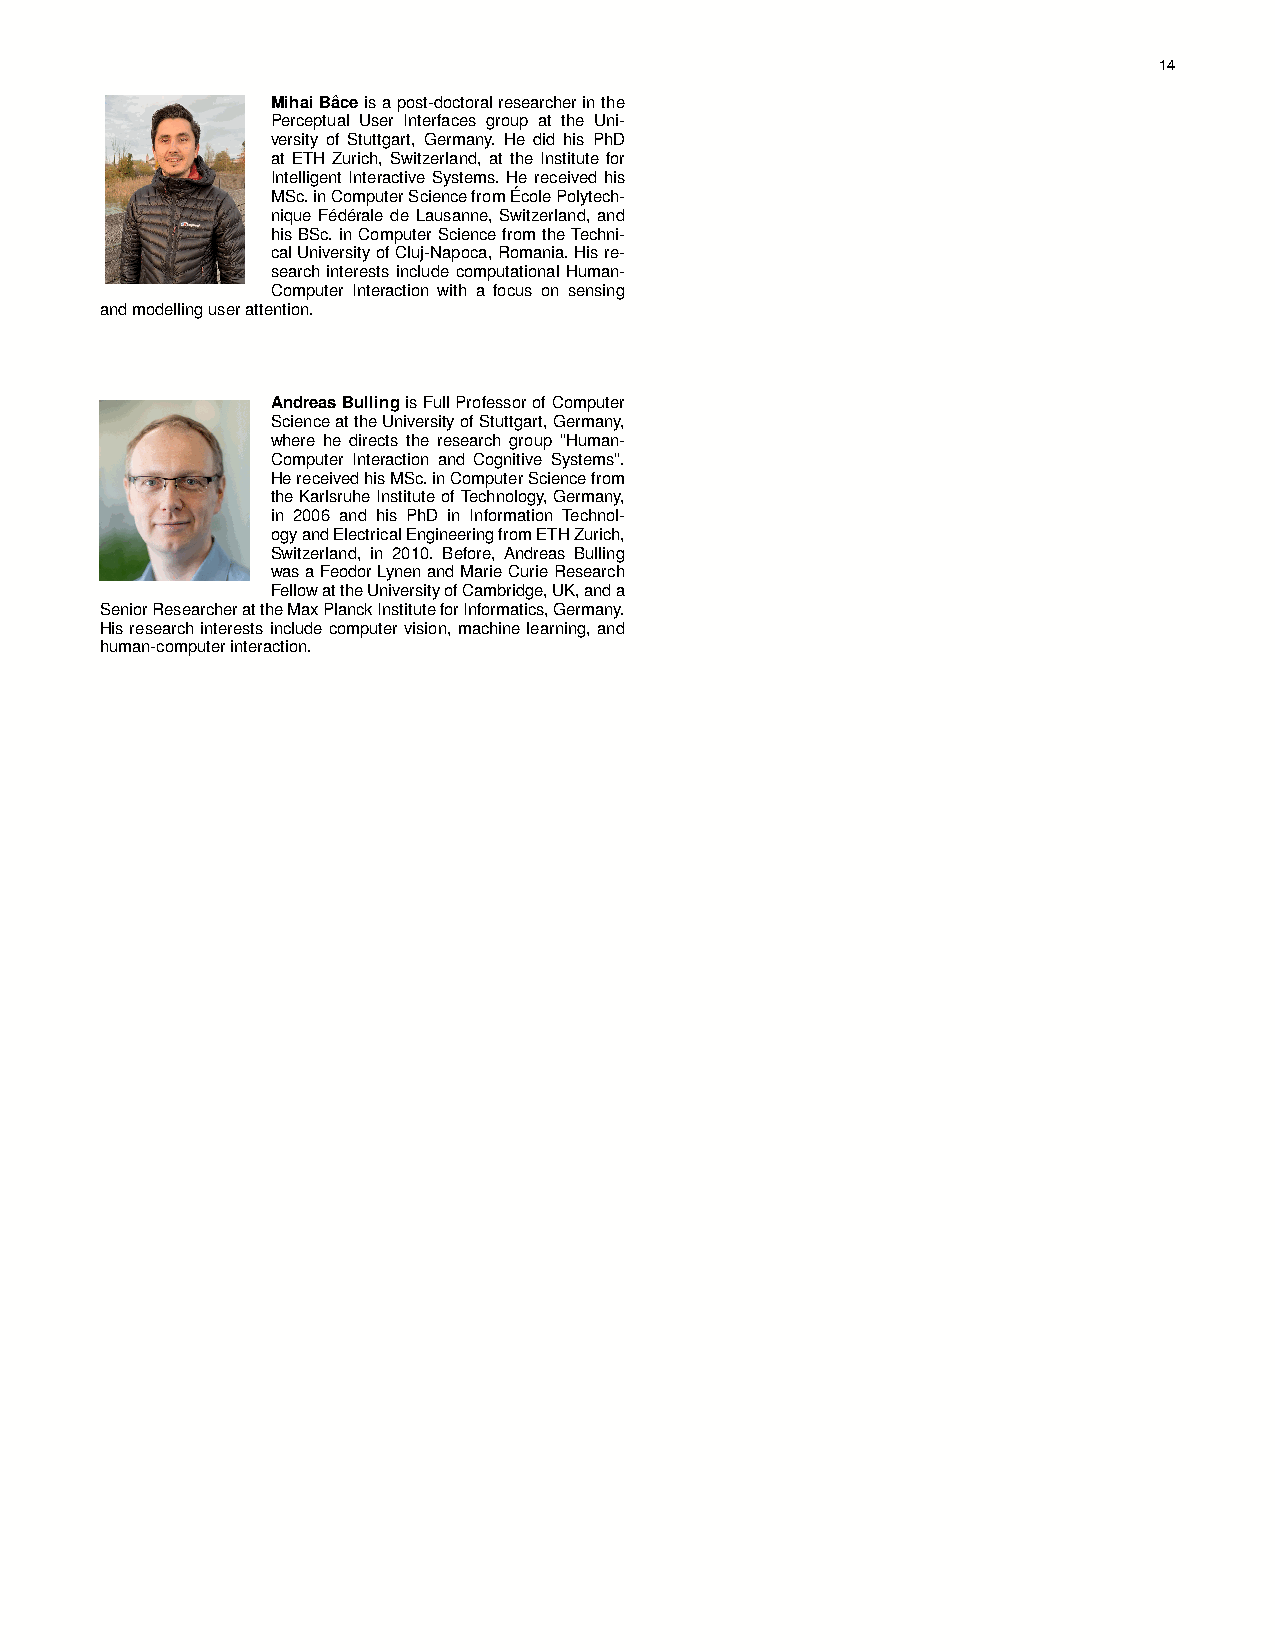
14
 MihaiBâceisapost-doctoralresearcherinthe
 Perceptual User Interfaces group at the Uni-
 versity of Stuttgart, Germany. He did his PhD
 at ETH Zurich, Switzerland, at the Institute for
 Intelligent Interactive Systems. He received his
 MSc.inComputerSciencefromÉcolePolytech-
 nique Fédérale de Lausanne, Switzerland, and
 hisBSc.inComputerSciencefromtheTechni-
 calUniversityofCluj-Napoca,Romania.Hisre-
 search interests include computational Human-
 Computer Interaction with a focus on sensing
 andmodellinguserattention.
 AndreasBullingisFullProfessorofComputer
 ScienceattheUniversityofStuttgart,Germany,
 where he directs the research group "Human-
 Computer Interaction and Cognitive Systems".
 HereceivedhisMSc.inComputerSciencefrom
 theKarlsruheInstituteofTechnology,Germany,
 in 2006 and his PhD in Information Technol-
 ogyandElectricalEngineeringfromETHZurich,
 Switzerland, in 2010. Before, Andreas Bulling
 wasaFeodorLynenandMarieCurieResearch
 FellowattheUniversityofCambridge,UK,anda
 SeniorResearcherattheMaxPlanckInstituteforInformatics,Germany.
 Hisresearchinterestsincludecomputervision,machinelearning,and
 human-computerinteraction.